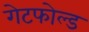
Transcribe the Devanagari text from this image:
गेटफोल्ड